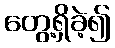
တွေ့ရှိခဲ့၍